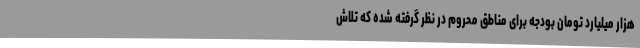
هزار میلیارد تومان بودجه برای مناطق محروم در نظر گرفته شده که تلاش